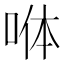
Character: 𭈄